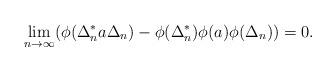
LaTeX: \begin{align*}\lim_{n\to \infty}(\phi(\Delta_n^* a\Delta_n)-\phi(\Delta_n^*)\phi(a)\phi(\Delta_n) )=0.\end{align*}